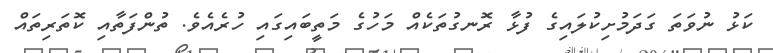
ކަޅު ނުވަތަ ގަދަމުށިކުލައިގެ ފުޅާ ރޮނގުތަކެއް މަހުގެ މަތީބައިގައި ހުރެއެވެ. ތުންފަތާއި ކޮތަރިތައް